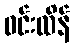
ဝင်းထိန်